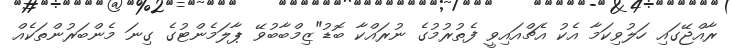
ރާއްޖޭގައި ހަލުވިކަމާ އެކު އެޗްއައިވީ ފެތުރުމުގެ ނުރައްކާ ބޮޑު"ޒިމްބާބުވޭ ޕާލަމެންޓުގެ ގިނަ މެންބަރުންތަކެއް